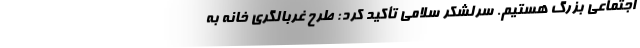
اجتماعی بزرگ هستیم. سرلشکر سلامی ‌تأکید کرد: طرح غربالگری خانه به